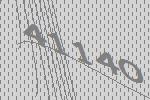
41140